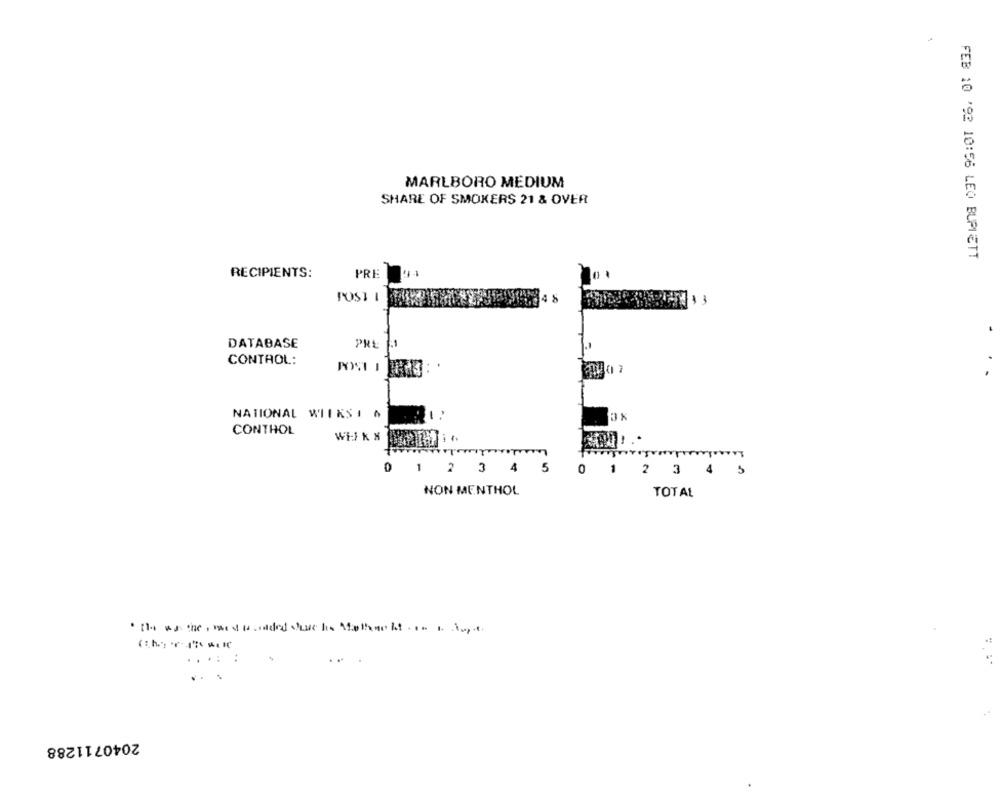
MARLBORO MEDIUM
SHARE OF SMOKERS 21 & OVER
FEB 10 '92 10:56 LEO BUPIETT
RECIPIENTS:
PRE
POST I
DATABASE
PRE
CONTROL:
POST I BRAE
NATIONAL WIIKSI &
CONTHOL
Wil k X
0
1
2 3
4
5
0
2 3
NON MENTHOL
TOTAL
· the as the, mis banded sole he Mathe it ....
2040711288